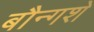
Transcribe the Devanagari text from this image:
बौन्गशे